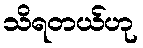
သိရတယ်ဟု